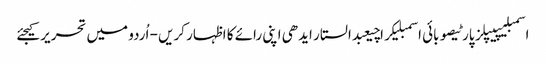
اسمبلیپیپلز پارٹیصوبائی اسمبلیکراچیعبدالستار ایدھی اپنی رائے کا اظہار کریں - اُردو میں تحریر کیجئے